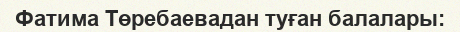
Фатима Төребаевадан туған балалары: